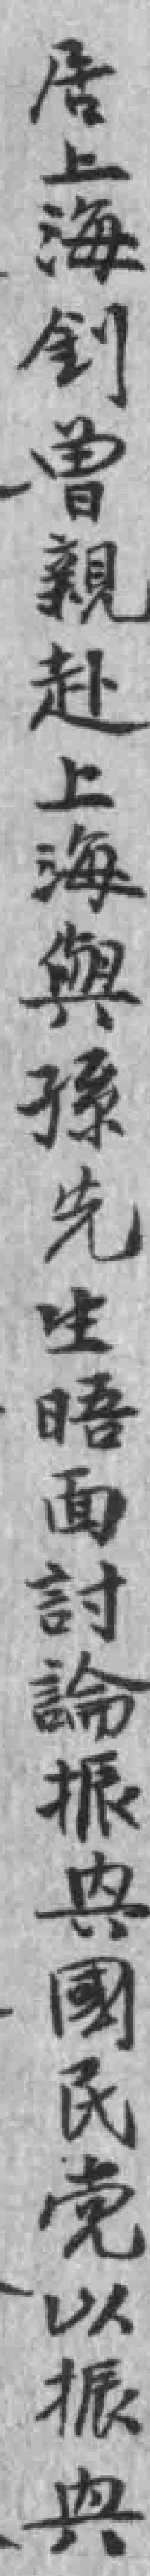
居上海釗曾親赴上海與孫先生晤面討論振興國民党以振興